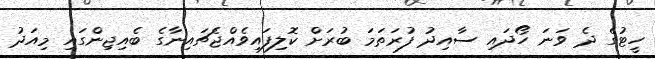
ހީޓުގެ ދެ ވަނަ ހޯދައި ސާއިދު ފުރަތަމަ ބުރަށް ކޮލިފައިވެއްޖެޗައިނާގެ ބެއިޖިންގައި މިއަދު